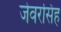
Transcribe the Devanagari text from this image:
जेवरसिंह